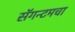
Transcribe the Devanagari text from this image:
सॅगन्टमचा